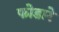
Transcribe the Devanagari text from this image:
फोडारे